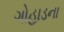
ગોહાડના